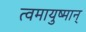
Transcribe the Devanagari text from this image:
त्वमायुष्मान्